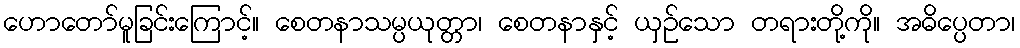
ဟောတော်မူခြင်းကြောင့်။ စေတနာသမ္ပယုတ္တာ၊ စေတနာနှင့် ယှဉ်သော တရားတို့ကို။ အဓိပ္ပေတာ၊